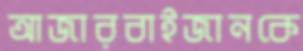
আজারবাইজানকে